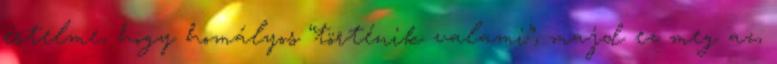
értelme, hogy homályos “történik valami”, majd ez meg az,